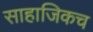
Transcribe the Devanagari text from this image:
साहाजिकच